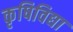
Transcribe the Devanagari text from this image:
कृषिविद्या